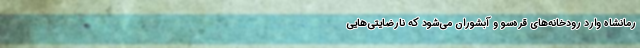
رمانشاه وارد رودخانه‌های قره‌سو و آبشوران می‌شود که نارضایتی‌هایی